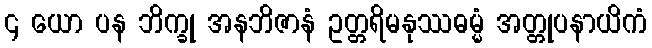
၄ ယော ပန ဘိက္ခု အနဘိဇာနံ ဥတ္တရိမနုဿဓမ္မံ အတ္တုပနာယိကံ